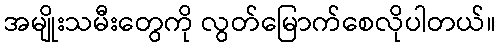
အမျိုးသမီးတွေကို လွတ်မြောက်စေလိုပါတယ်။